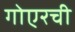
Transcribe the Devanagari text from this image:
गोएरची